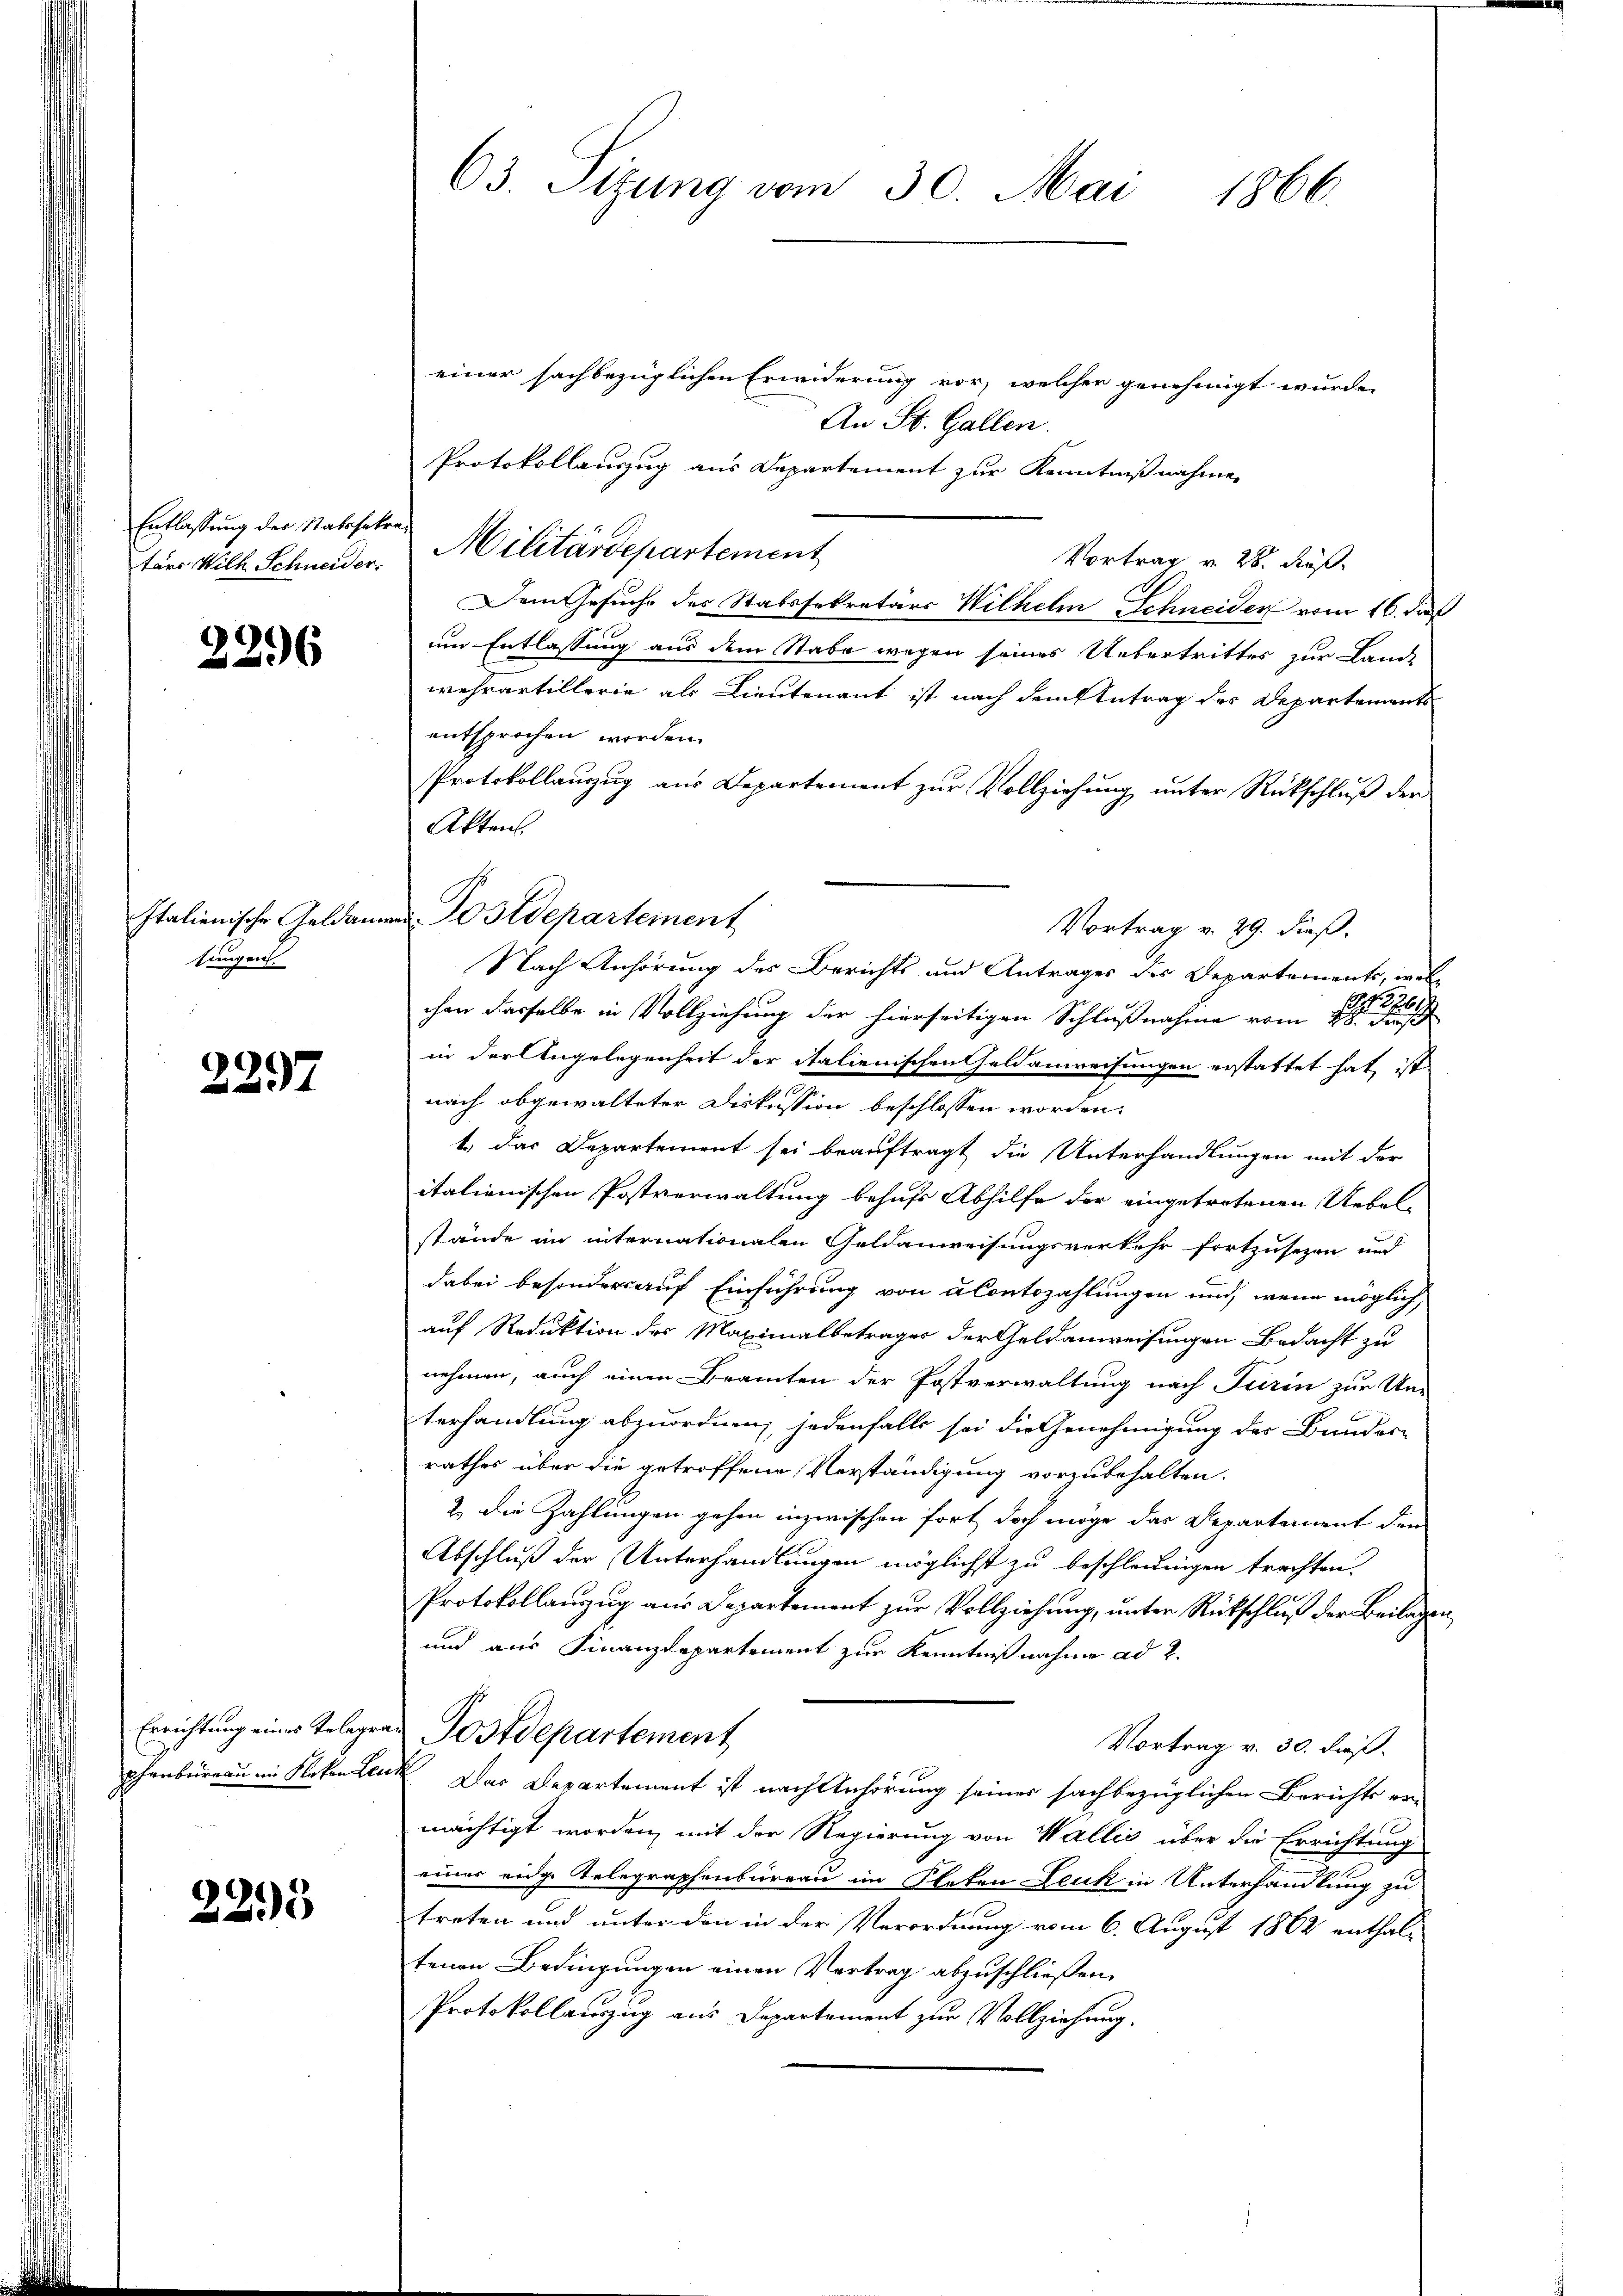
Entlassung des Statssekre¬

3296

sungens

2297

2295

einer sachbezüglichen Erwiderung vor, welcher genehmigt wurde.
An St. Gallen.
Protokollanzug aus Departement zur Kenntnißnahmen
Vortrag v. 28. Fuß.
Dem Gesuche des Statssekretärs Wilhelm Schneider vom 16. daß
um Entlassung aus dem Stabe wegen seines Uebertrittes zur Land-
wehrartillerie als Lieutenant ist nach dem Antrag des Departements
entsprochen worden.
Protokollauszug aus Departement zŭr Vollziehŭng ŭnter Rückschlŭβ der
Akten.
Italienische Geldammes Postdepartement
Vortrag v. 29. dieß.
Nach Anhörung des Berichts und Antrages des Departements, wel¬
G. 270
chen dasselbe in Vollziehung der hierseitigen Schlußnahme vom 18. dieß
in der Angelegenheit der italienischen Feldanweisungen erstattet hat ist
nach abgewalteter Diskussion beschlossen worden.
1.) Das Departement sei beauftragt die Unterhandlungen mit der
italienischen Postverwaltung behufs Abhilfe der eingetretenen Uebel-
stände in internationalen Geldanweisungsverkehr fortzusezen und
dabei besonder auf Einführung von Contozahlungen und, wenn möglich,
auf Reduktion des Maximalbetrages der Geldanweisungen Bedacht zu
nehmen, auch einen Beamten der Postverwaltung nach Turin zur Un-
terhandlung abzuordnen, jedenfalls sei die Genehmigung des Bundere
rathes über die getroffene Verständigung vorzubehalten.
2.) Die Zahlungen gehen inzwischen fort doch möge das Departement den
Abschluß der Unterhandlungen möglichst zu beschleunigen trachten.
Protokollanzŭg aŭs Departement zŭr Vollziehŭng ŭnter Rückschluß der Beilagen
und aus Finanzdepartement zur Kenntnißnahme ad 2.
Errichtung eines Telegra Postdepartement
Vortrag v. 30. dieß.
phenbüreau in Kloten Leuk Das Departement ist nach Anhörung seiner sachbezüglichen Berichts er-
mächtigt worden, mit der Regierung von Wallis über die Errichtung
eines eidge Telegraphenbüreau im Platen Leuk in Unterhandlung zu
treten und unter den in der Verordnung vom 6. August 1862 enthal-
tenen Bedingungen einen Vortrag abzuschließen.
Protokollauszug aus Departement zur Vollziehung.

63. Sizung vom 30. Mai 1866.

tärs Wilh. Schneider, Militärdepartement